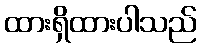
ထားရှိထားပါသည်